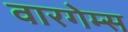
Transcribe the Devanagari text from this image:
वारगेम्स